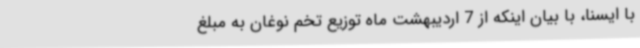
با ایسنا، با بیان اینکه از 7 اردیبهشت ماه توزیع تخم نوغان به مبلغ